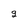
Character: 9